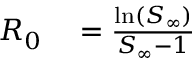
\begin{array} { r l } { R _ { 0 } } & { { } = \frac { \ln ( S _ { \infty } ) } { S _ { \infty } - 1 } } \end{array}